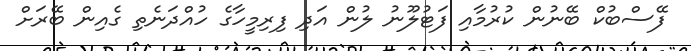
ފޭސްބުކް ބޭނުން ކުރުމާއި ފަޓުލޫނު ލުން އަދި ފިރިމީހާގެ ހުއްދަނެތި ގެއިން ބޭރަށް